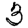
Digit: 3